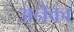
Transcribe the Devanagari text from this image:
अनेका